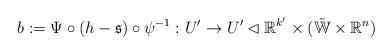
LaTeX: \begin{align*} b := \Psi \circ (h - \mathfrak{s}) \circ \psi^{-1} : U' \rightarrow U' \lhd \mathbb{R}^{k'} \times (\tilde{\mathbb{W}} \times \mathbb{R}^n)\end{align*}